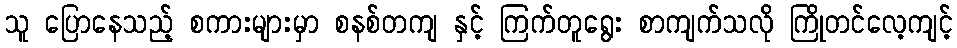
သူ ပြောနေသည့် စကားများမှာ စနစ်တကျ နှင့် ကြက်တူရွေး စာကျက်သလို ကြိုတင်လေ့ကျင့်